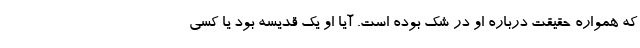
که همواره حقیقت درباره او در شک بوده است. آیا او یک قدیسه بود یا کسی